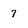
Character: 7